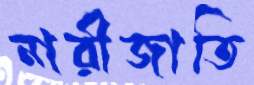
নারীজাতি